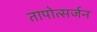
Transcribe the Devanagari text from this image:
तापोत्सर्जन